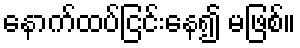
နောက်ထပ်ငြင်းနေ၍ မဖြစ်။